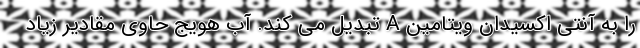
را به آنتی اکسیدان ویتامین A تبدیل می کند. آب هویج حاوی مقادیر زیاد